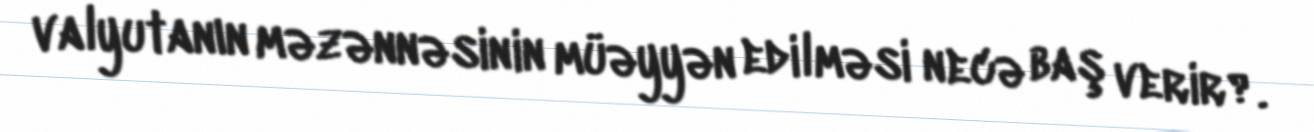
valyutanın məzənnəsinin müəyyən edilməsi necə baş verir?.